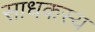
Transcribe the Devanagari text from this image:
साधकस्य